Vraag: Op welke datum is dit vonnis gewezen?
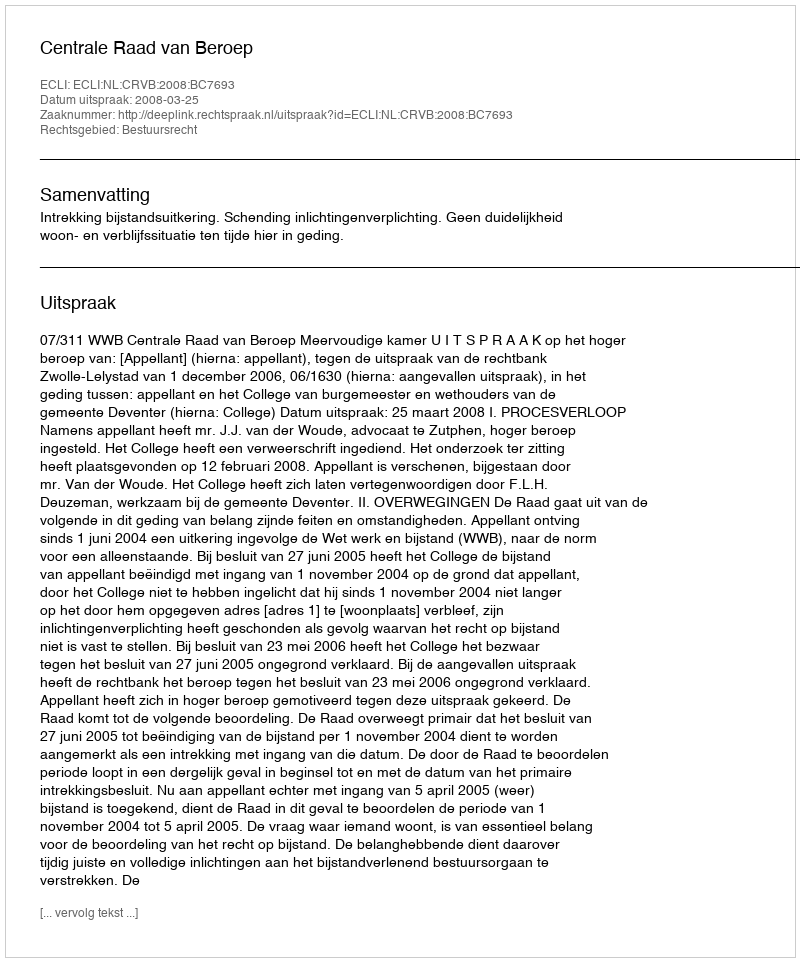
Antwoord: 2008-03-25